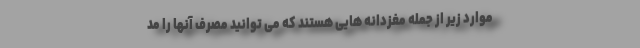
موارد زیر از جمله مغزدانه هایی هستند که می توانید مصرف آنها را مد